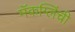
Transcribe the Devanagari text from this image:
मॅकग्लिंची